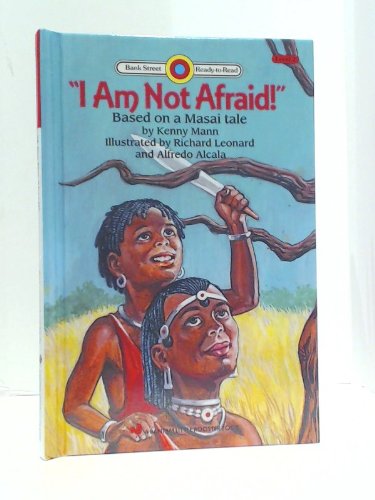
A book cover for I AM NOT AFRAID (Bank Street Ready-to-Read Books Level 2); Kenny Mann; Children's Books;